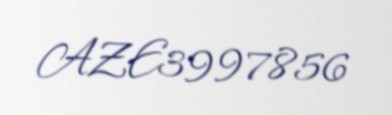
AZE3997856